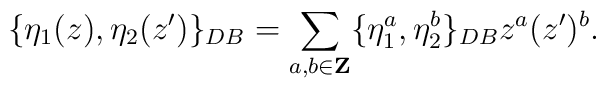
\{\eta_1(z),\eta_2(z') \}_{DB}=\sum_{a,b\in {\bf Z} }\{\eta^a_1,\eta^b_2\}_{DB}z^a (z')^b.